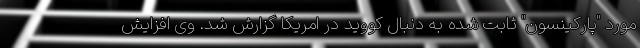
مورد "پارکینسون" ثابت شده به دنبال کووید در امریکا گزارش شد. وی افزایش